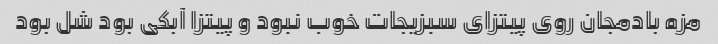
مزه بادمجان روی پیتزای سبزیجات خوب نبود و پیتزا آبکی بود شل بود